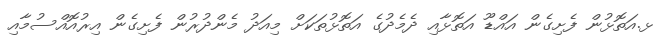
ޅ.އަތޮޅުން ފެށިގެން އައްޑޫ އަތޮޅާއި ދެމެދުގެ އަތޮޅުތަކަށް މިއަދު މެންދުރުން ފެށިގެން އިރުއޮއްސުމާއި